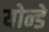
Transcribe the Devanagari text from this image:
योन्डे